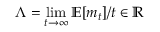
\Lambda = \operatorname* { l i m } _ { t \to \infty } \mathbb { E } [ m _ { t } ] / t \in \mathbb { R }